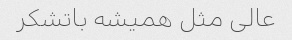
عالی مثل همیشه باتشکر